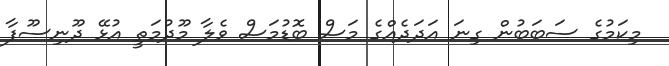
މިކަމުގެ ސަބަބުން ގިނަ އަދަދެއްގެ މަސް ބޮޑުމަސް ވެލާ މޫދުމަތީ އުޅޭ ދޫނިސޫފާ